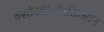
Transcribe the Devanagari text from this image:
वसोकोन्स्त्रिक्तिओन